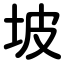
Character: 坡